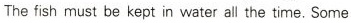
The fish must be kept in water all the time.Some